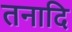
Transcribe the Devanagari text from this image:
तनादि